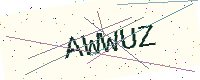
Text: AWWUZ